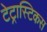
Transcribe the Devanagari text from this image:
टेट्रास्टिकस